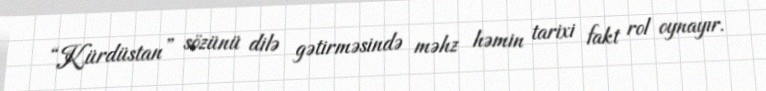
“Kürdüstan” sözünü dilə gətirməsində məhz həmin tarixi fakt rol oynayır.